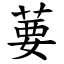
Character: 葽